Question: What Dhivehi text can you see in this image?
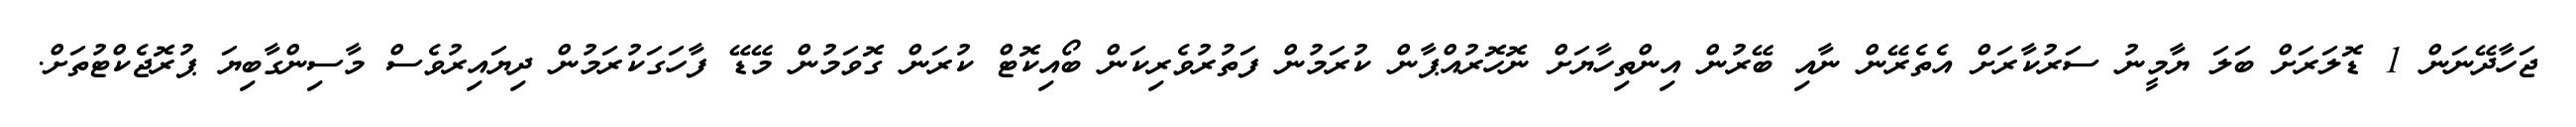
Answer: ޖަހާދޭނަން 1 ޑޮލަރަށް ބަލަ ޔާމީނު ސަރުކާރަށް އެތެރޭން ނާއި ބޭރުން އިންތިހާޔަށް ނޮހޮރުއްޕާން ކުރަމުން ފަތުރުވެރިކަން ބޯއިކޮޓް ކުރަން ގޮވަމުން މޭޑޭ ފާހަގަކުރަމުން ދިޔައިރުވެސް މާސިންގާބިޔަ ޕުރޮޖެކްޓުތަށް.